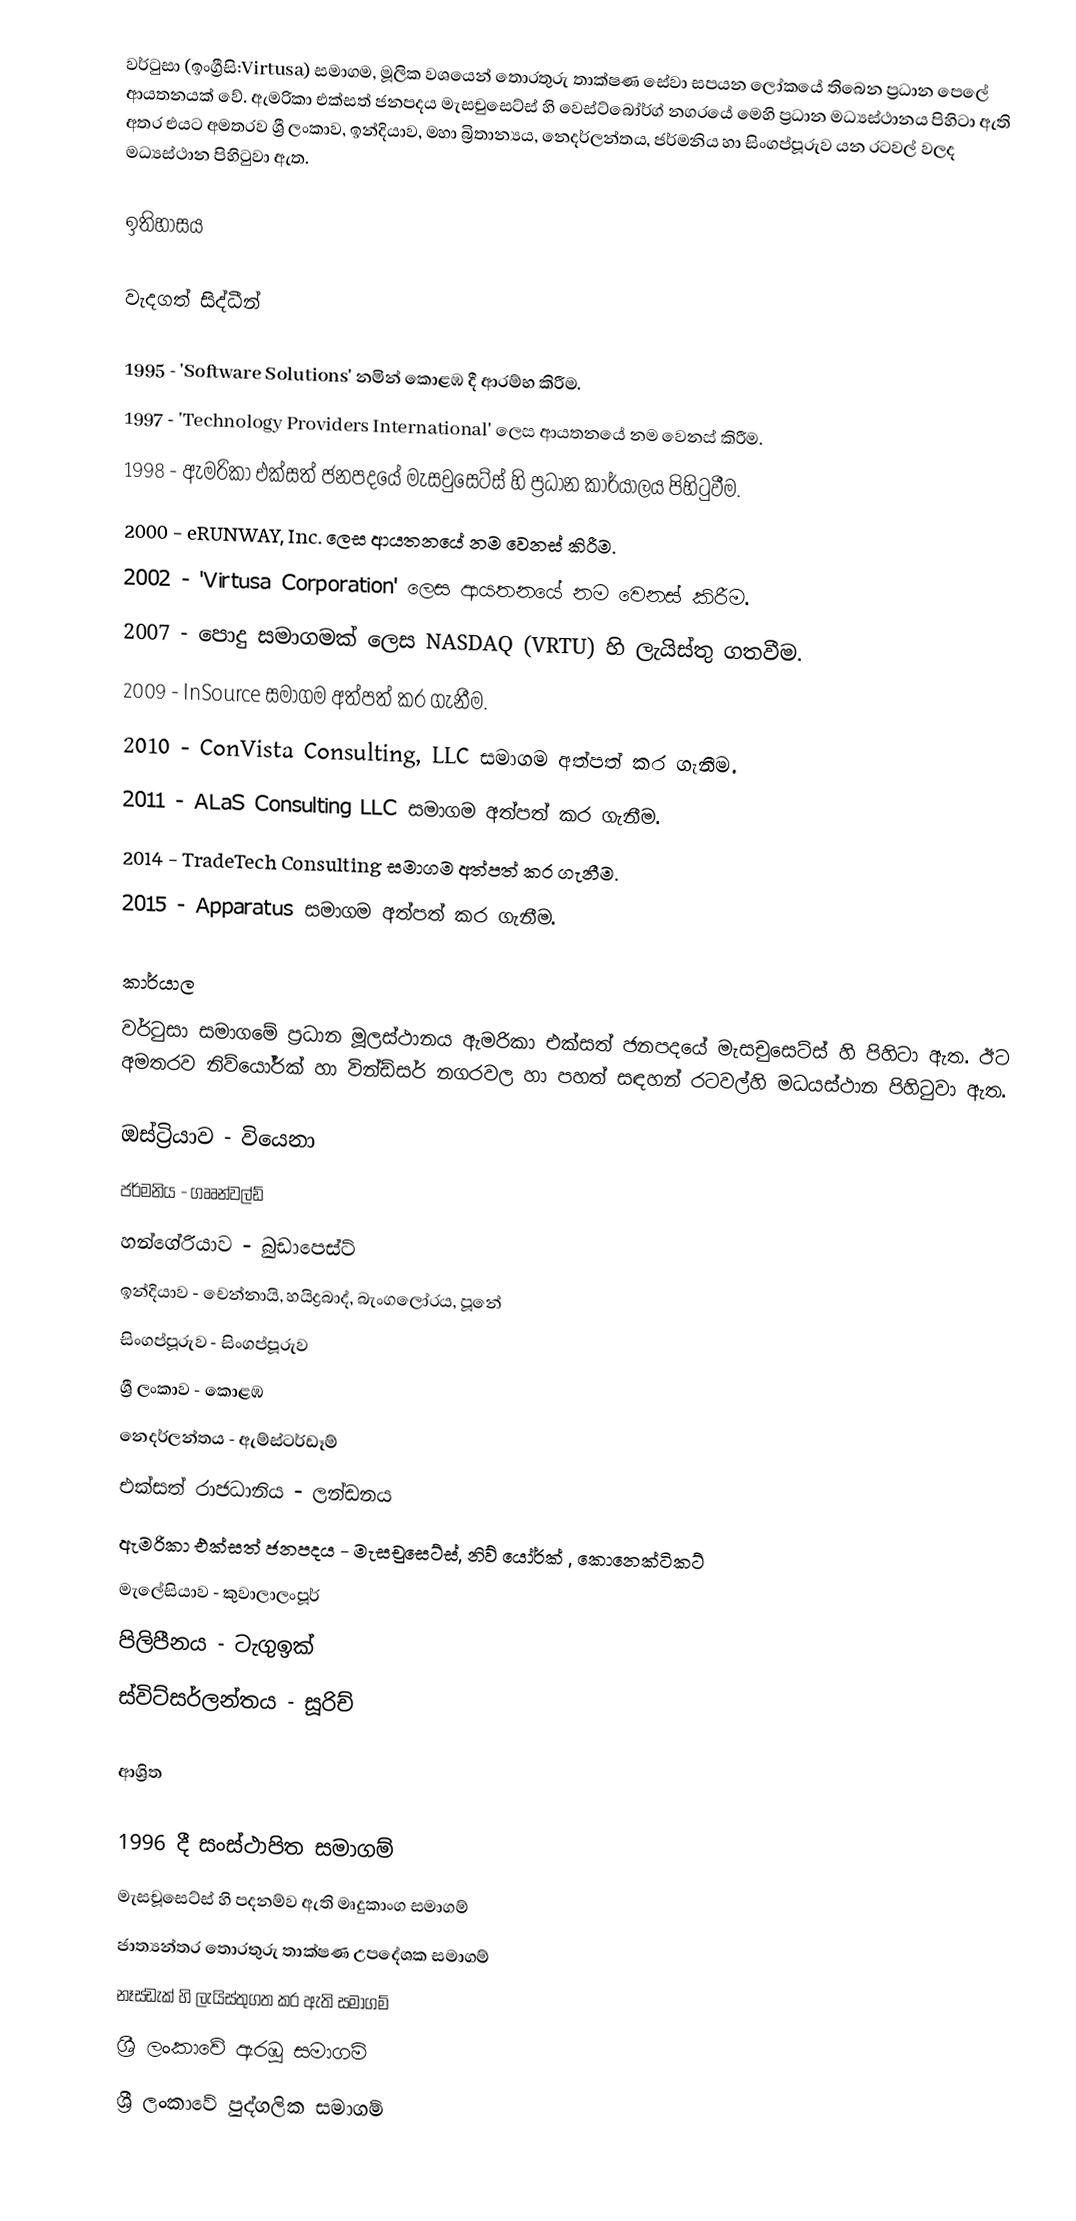
වර්ටුසා (ඉංග්‍රීසි:Virtusa) සමාගම, මූලික වශයෙන් තොරතුරු තාක්ෂණ සේවා සපයන ලෝකයේ තිබෙන ප්‍රධාන පෙලේ ආයතනයක් වේ. ඇමරිකා එක්සත් ජනපදය මැසචුසෙට්ස් හි වෙස්ට්බෝර්ග් නගරයේ මෙහි ප්‍රධාන මධ්‍යස්‌ථානය පිහිටා ඇති අතර එයට අමතරව ශ්‍රී ලංකාව, ඉන්දියාව, මහා බ්‍රිතාන්‍යය, නෙදර්ලන්තය, ජර්මනිය හා සිංගප්පූරුව යන රටවල් වලද මධ්‍යස්‌ථාන පිහිටුවා ඇත.

ඉතිහාසය

වැදගත් සිද්ධීන්

 1995 - 'Software Solutions' නමින් කොළඹ දී ආරම්භ කිරීම.
 1997 - 'Technology Providers International' ලෙස ආයතනයේ නම වෙනස් කිරීම.
 1998 - ඇමරිකා එක්සත් ජනපදයේ මැසචුසෙට්ස් හි ප්‍රධාන කාර්යාලය පිහිටුවීම.
 2000 - eRUNWAY, Inc. ලෙස ආයතනයේ නම වෙනස් කිරීම.
 2002 - 'Virtusa Corporation' ලෙස ආයතනයේ නම වෙනස් කිරීම.
 2007 - පොදු සමාගමක් ලෙස NASDAQ (VRTU) හි ලැයිස්තු ගතවීම.
 2009 - InSource සමාගම අත්පත් කර ගැනීම.
 2010 - ConVista Consulting, LLC සමාගම අත්පත් කර ගැනීම.
 2011 - ALaS Consulting LLC සමාගම අත්පත් කර ගැනීම.
 2014 - TradeTech Consulting සමාගම අත්පත් කර ගැනීම.
 2015 - Apparatus සමාගම අත්පත් කර ගැනීම.

කාර්යාල
වර්ටුසා සමාගමේ ප්‍රධාන මූලස්ථානය ඇමරිකා එක්සත් ජනපදයේ මැසචුසෙට්ස් හි පිහිටා ඇත. ඊට අමතරව නිව්යෝර්ක් හා වින්ඩ්සර් නගරවල හා පහත් සඳහන් රටවල්හි මධ‍යස්ථාන  පිහිටුවා ඇත.

 ඔස්ට්‍රියාව - වියෙනා
 ජර්මනිය - ගෲන්වල්ඩ්
 හන්ගේරියාව - බුඩාපෙස්ට්
 ඉන්දියාව - චෙන්නායි, හයිද්‍රබාද්, බැංගලෝරය, පූනේ
 සිංගප්පූරුව - සිංගප්පූරුව
 ශ්‍රී ලංකාව - කොළඹ
 නෙදර්ලන්තය - ඇම්ස්ටර්ඩෑම්
 එක්සත් රාජධානිය - ලන්ඩනය
 ඇමරිකා එක්සත් ජනපදය  -  මැසචුසෙට්ස්, නිව් යෝර්ක් , කොනෙක්ටිකට්
 මැලේසියාව - කුවාලාලංපූර්
 පිලිපීනය - ටැගුඉක්
 ස්විට්සර්ලන්තය - සූරිච්

ආශ්‍රිත

1996 දී සංස්ථාපිත සමාගම්
මැසචූසෙට්ස් හි පදනම්ව ඇති මෘදුකාංග සමාගම්
ජාත්‍යන්තර තොරතුරු තාක්ෂණ උපදේශක සමාගම්
නෑස්ඩැක් හි ලැයිස්තුගත කර ඇති සමාගම්
ශ්‍රී ලංකාවේ ඇරඹූ සමාගම්
ශ්‍රී ලංකාවේ පුද්ගලික සමාගම්